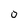
Character: 0